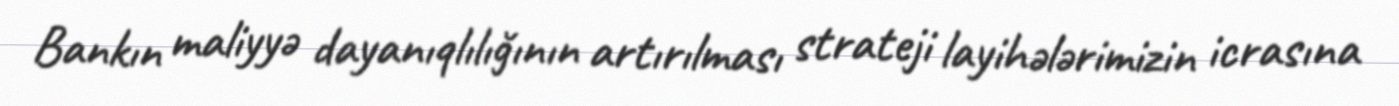
Bankın maliyyə dayanıqlılığının artırılması strateji layihələrimizin icrasına